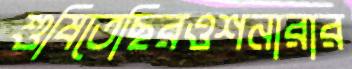
শুষিতেছিরওশনারার